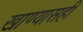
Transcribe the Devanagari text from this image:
खाण्यासही